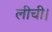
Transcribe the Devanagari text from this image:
लीची।